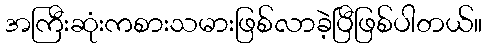
အကြီးဆုံးကစားသမားဖြစ်လာခဲ့ပြီဖြစ်ပါတယ်။